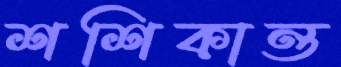
শশিকান্ত